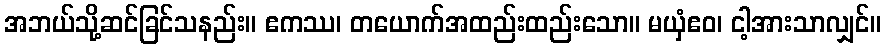
အဘယ်သို့ဆင်ခြင်သနည်း။ ဧကဿ၊ တယောက်အထည်းထည်းသော။ မယှံဧဝ၊ ငါ့အားသာလျှင်။